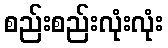
စည်းစည်းလုံးလုံး